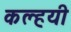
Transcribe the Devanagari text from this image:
कल्हयी